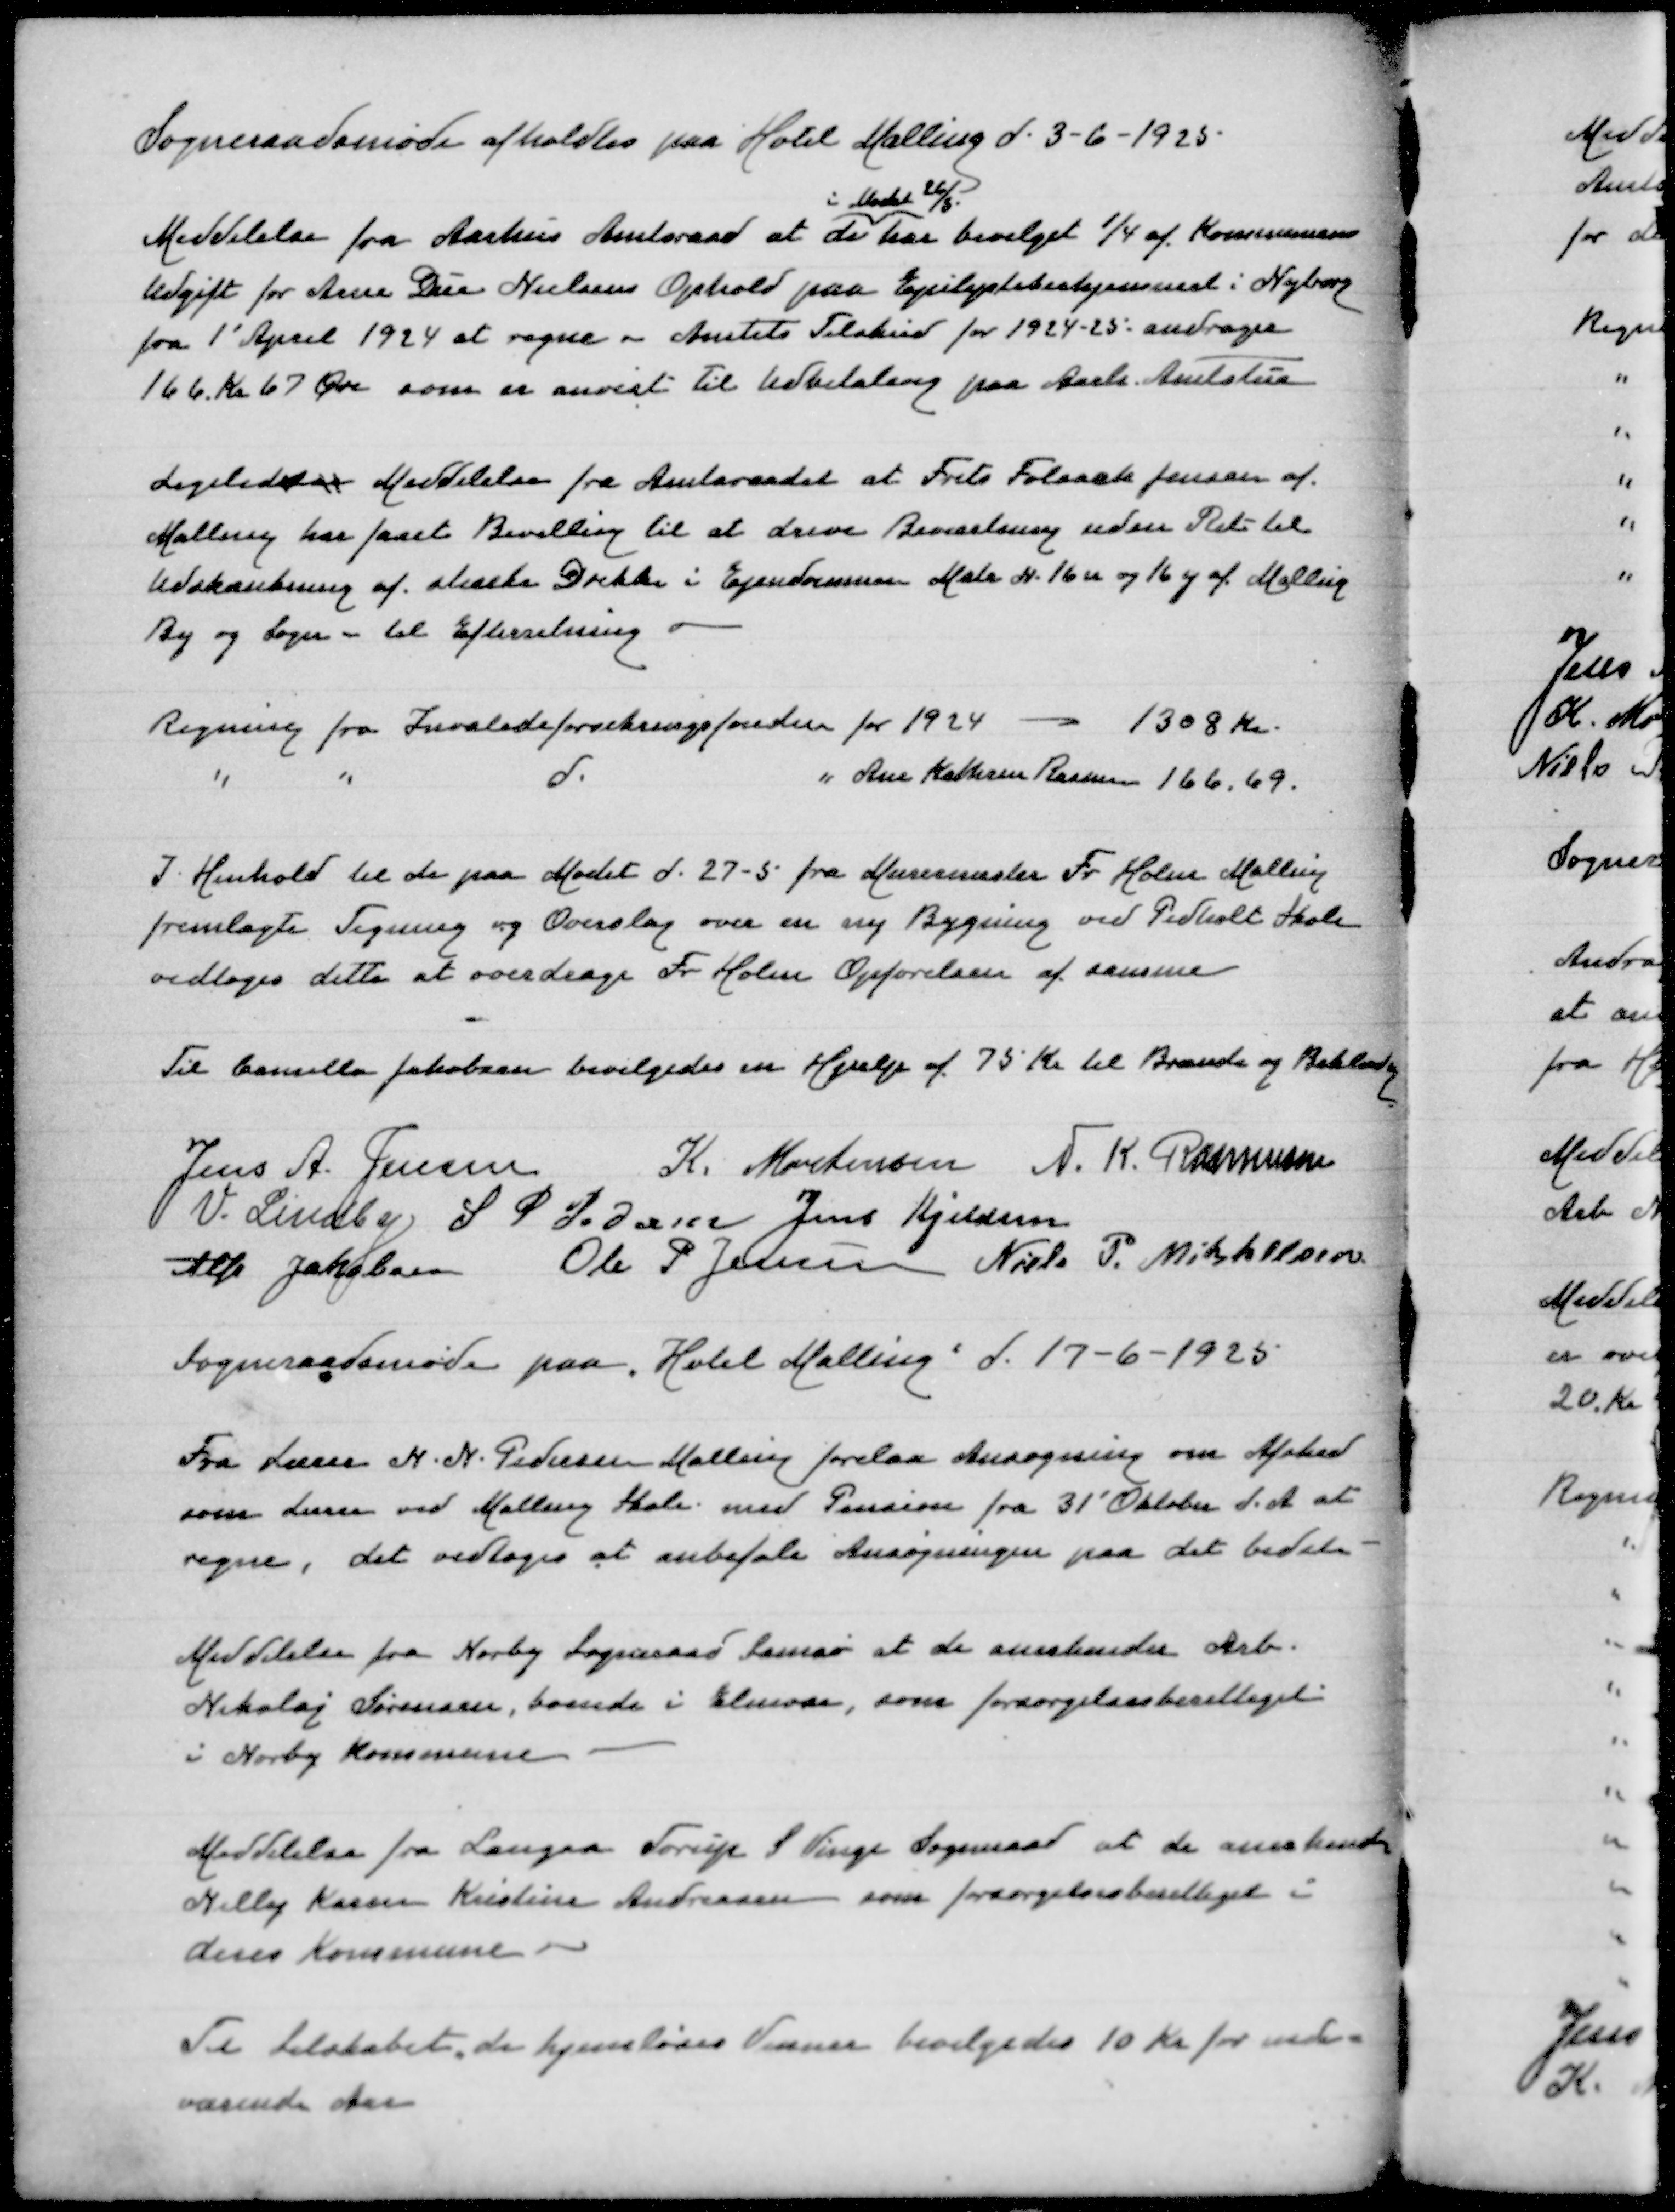
Transskription:
Sogneraadsmøde afholtes paa Hotel Malling d 3-6-1925
i Mødet 26/5
Meddelelse fra Aarhus Amtsraad at de har bevilget 1/4 af Kommunens
Udgift for Arne Due Nielsens Ophold paa Epileptikerhjemmeti Nyborg
fra 1' April 1924 at regne - Amtets Tilskud for 1924-25 andrager
166 Kr 67 Øre som er anvist til Udbetaling paa Aarh Amtstue

Ligeledes Meddelelse fra Amtsraadet at Frits Folsack Jensen af
Malling har faaet Bevilling til at drive Beværtning uden Ret til
Udskænkning af stærke Drikke i Ejendommen Matr N 16u og 16y af Malling
By og Sogn - til Efterretning

Regning fra Invalideforsikringsfonden for 1924
1308 Kr
" " d " Ane Kathrin Rasmus
169,69

I Henhold til de paa Mødet d 27-5 fra Murermester Fr Holm Malliung
fremlagte Tegning og Overslag over en ny Bygning ved Pedholt Skole
vedtoges dette at overdrage Fr Holm Opførelsen af samme

Til Camilla Jakobsen bevilgedes en Hjælp af 75 Kr til Brænde og Beklædning

Jens A Jensen
K Mortensen
N K Rasmussen
V Lindby
S P Pedersen
Jens Kjeldsen
Alfr Jakobsen
Ole P Jensen
Niels P Mikkelsen

Sogneraadsmøde paa "Hotel Malling" d 17-6-1925

Fra Lærer N N Pedersen Malling forelaa Ansøgning om Afsked
som Lærer ved Malling Skole med Pension fra 31' Oktober d A at
regne, det vedtoges at anbefale Ansøgningen paa det bedste

Meddelelse fra Norby Sogneraad Samsø at de anerkender Arb
Nikolaj Sørensen, boende i Elmose, som forsørgelsesberettiget
i Norby Kommune

Meddelelse fra Langaa Torup S Vinge Sogneraad at de anerkender
Nelly Karen Kristine Andreasen som forsørgelsesberettiget i
deres Kommune

Til Selskabet de hjemløses Venner bevilgedes 10 Kr for inde=
værende Aar